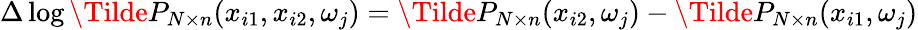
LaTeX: \Delta\log\Tilde{P}_{N\times n}(x_{i1},x_{i2},\omega_{j})=\Tilde{P}_{N\times n}(x_{i2},\omega_{j})-\Tilde{P}_{N\times n}(x_{i1},\omega_{j})